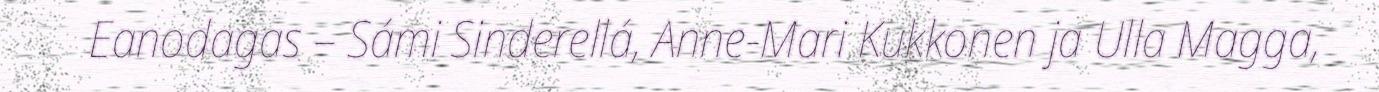
Eanodagas – Sámi Sinderellá, Anne-Mari Kukkonen ja Ulla Magga,